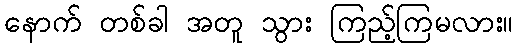
နောက် တစ်ခါ အတူ သွား ကြည့်ကြမလား။